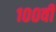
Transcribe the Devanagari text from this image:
१००वी